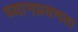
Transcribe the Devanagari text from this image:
ध्यानप्रवणता